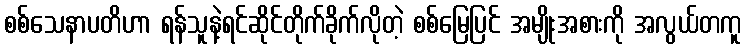
စစ်သေနာပတိဟာ ရန်သူနဲ့ရင်ဆိုင်တိုက်ခိုက်လိုတဲ့ စစ်မြေပြင် အမျိုးအစားကို အလွယ်တကူ